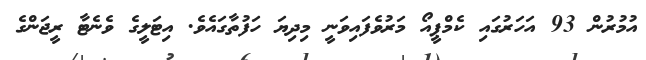
އުމުރުން 93 އަހަރުގައި ކެމްޕީއޯ މަރުވެފައިވަނީ މިދިޔަ ހަފުތާގައެވެ. އިޓަލީގެ ވެނެޓާ ރީޖަންގެ